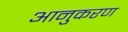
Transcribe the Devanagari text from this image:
आनुकरण